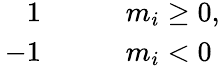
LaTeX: \begin{array}{rlrl}{\, 1}&{{}}&{}&{{}m_{i}\ge 0,}\\ {\, -1}&{{}}&{}&{{}m_{i}<0}\end{array}